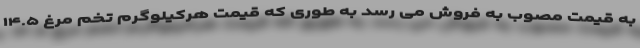
به قیمت مصوب به فروش می رسد به طوری که قیمت هرکیلوگرم تخم مرغ ۱۴.۵